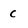
Character: C